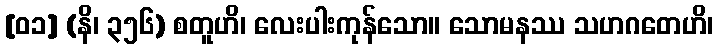
[၀၁] (နိ၊ ၃၅၆) စတူဟိ၊ လေးပါးကုန်သော။ သောမနဿ သဟဂတေဟိ၊